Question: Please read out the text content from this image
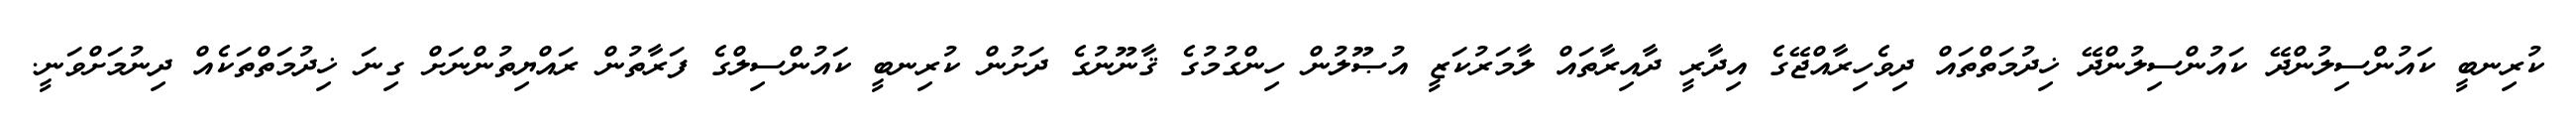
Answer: ކުރިނބީ ކައުންސިލުންދޭ ކައުންސިލުންދޭ ޚިދުމަތްތައް ދިވެހިރާއްޖޭގެ އިދާރީ ދާއިރާތައް ލާމަރުކަޒީ އުޞޫލުން ހިންގުމުގެ ޤާނޫނުގެ ދަށުން ކުރިނބީ ކައުންސިލްގެ ފަރާތުން ރައްޔިތުންނަށް ގިނަ ޚިދުމަތްތަކެއް ދިނުމަށްވަނީ.